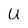
Character: U